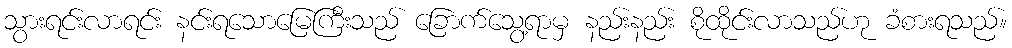
သွားရင်းလာရင်း နင်းရသောမြေကြီးသည် ခြောက်သွေ့ရာမှ နည်းနည်း စိုထိုင်းလာသည်ဟု ခံစားရသည်။